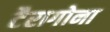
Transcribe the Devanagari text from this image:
टैरागोना